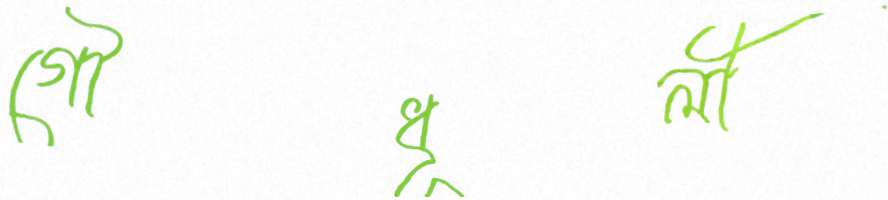
গৌধূলী